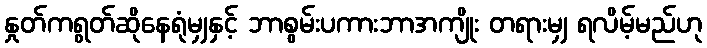
နှုတ်ကရွတ်ဆိုနေရုံမျှနှင့် ဘာစွမ်းပကားဘာအကျိုး တရားမျှ ရလိမ့်မည်ဟု